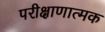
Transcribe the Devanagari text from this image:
परीक्षाणात्मक